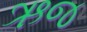
ઋજ